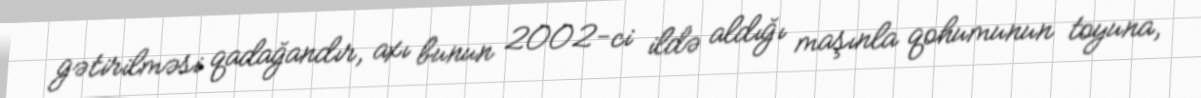
gətirilməsi qadağandır, axı bunun 2002-ci ildə aldığı maşınla qohumunun toyuna,